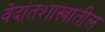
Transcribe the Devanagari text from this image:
वेदांतशास्त्रातील